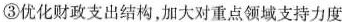
③优化财政支出结构，加大对重点领域支持力度